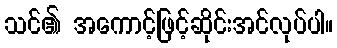
သင်၏ အကောင့်ဖြင့်ဆိုင်းအင်လုပ်ပါ။